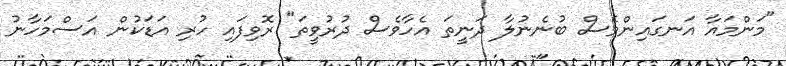
"މަންމައާ އަނގައިންވެސް ބުނެނުލާ ދަނީތަ އެހާވެސް ދުރުވީތަ" ރޮވިފައި ހުރި އަޑަކުން އަސްމަހާނު